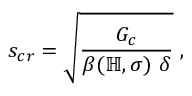
s _ { c r } = \sqrt \frac { G _ { c } } { \beta ( \mathbb { H } , \sigma ) \ \delta } \ ,